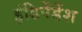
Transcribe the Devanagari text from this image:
इंडिपेंडेंश